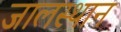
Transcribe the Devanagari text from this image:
जालस्थान